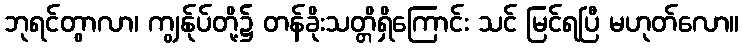
ဘုရင်တွာလာ၊ ကျွန်ုပ်တို့၌ တန်ခိုးသတ္တိရှိကြောင်း သင် မြင်ရပြီ မဟုတ်လော။